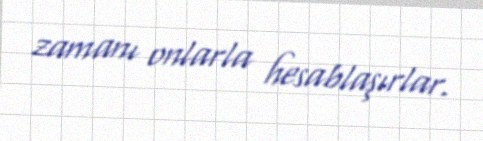
zamanı onlarla hesablaşırlar.